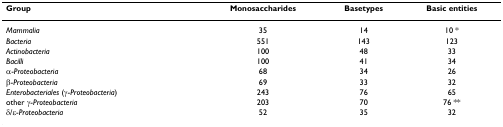
<table><thead><tr><td><b>Group</b></td><td><b>Monosaccharides</b></td><td><b>Basetypes</b></td><td><b>Basic entities</b></td></tr></thead><tbody><tr><td><i>Mammalia</i></td><td>35</td><td>14</td><td>10 *</td></tr><tr><td><i>Bacteria</i></td><td>551</td><td>143</td><td>123</td></tr><tr><td><i>Actinobacteria</i></td><td>100</td><td>48</td><td>33</td></tr><tr><td><i>Bacilli</i></td><td>100</td><td>41</td><td>34</td></tr><tr><td>α-<i>Proteobacteria</i></td><td>68</td><td>34</td><td>26</td></tr><tr><td>β-<i>Proteobacteria</i></td><td>69</td><td>33</td><td>32</td></tr><tr><td><i>Enterobacteriales </i>(γ-<i>Proteobacteria</i>)</td><td>243</td><td>76</td><td>65</td></tr><tr><td>other γ-<i>Proteobacteria</i></td><td>203</td><td>70</td><td>76 **</td></tr><tr><td>δ/ε-<i>Proteobacteria</i></td><td>52</td><td>35</td><td>32</td></tr></tbody></table>